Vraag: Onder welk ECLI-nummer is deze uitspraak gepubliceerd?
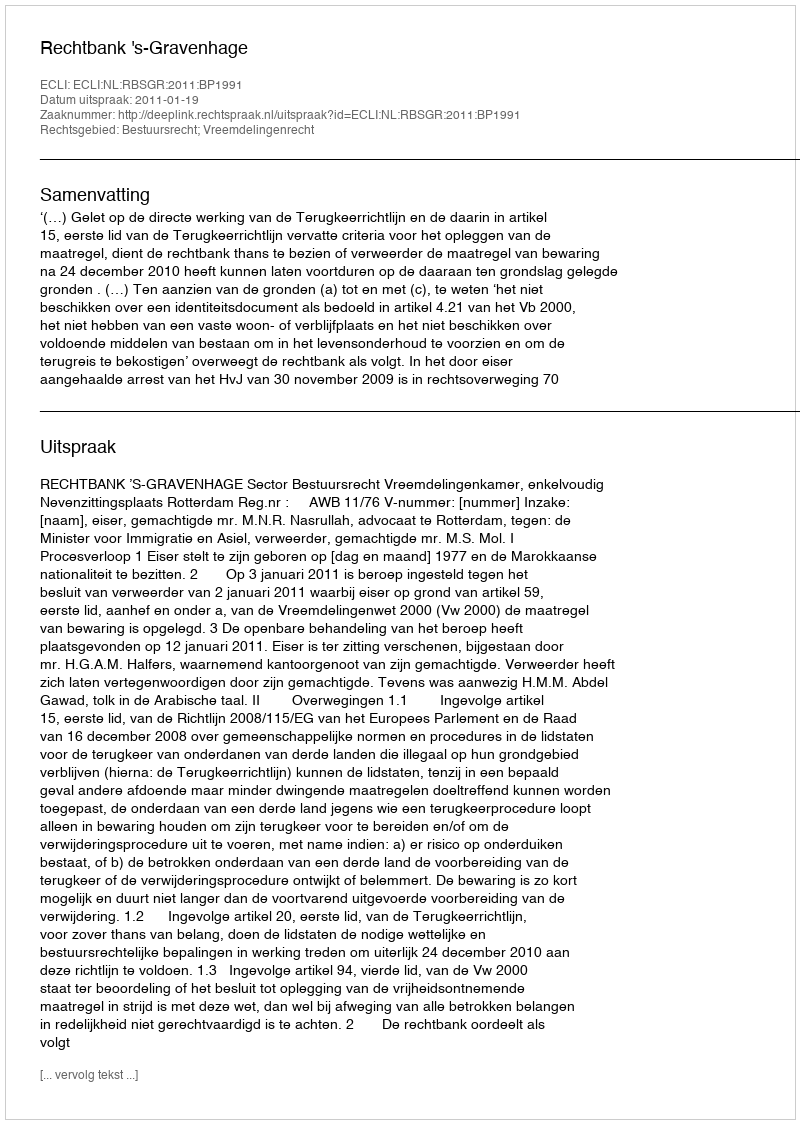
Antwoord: ECLI:NL:RBSGR:2011:BP1991